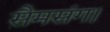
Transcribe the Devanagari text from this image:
सैमसंग।